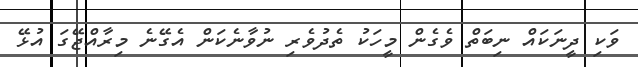
ވަކި ދީނަކައް ނިބަތް ވެގެން މީހަކު ތެދުވެރި ނުވާނެކަން އެގޭނެ މިރާއްޖޭގަ އުޅޭ